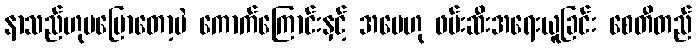
နာသည်ဟုမပြောတော့ပဲ ကောက်ကြောင်းနှင့် အမေဟု ဖမ်းဆီးအရေးယူခြင်း စေတီတည်